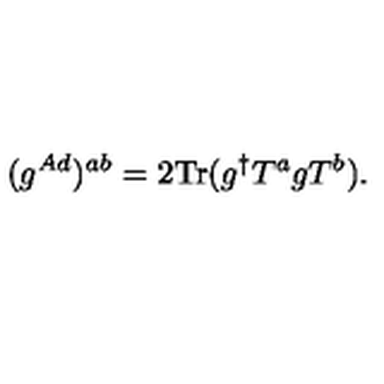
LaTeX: ( g ^ { A d } ) ^ { a b } = 2 \mathrm { T r } ( g ^ { \dagger } T ^ { a } g T ^ { b } ) .